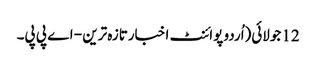
12 جولائی(اُردو پوائنٹ اخبارتازہ ترین - اے پی پی۔